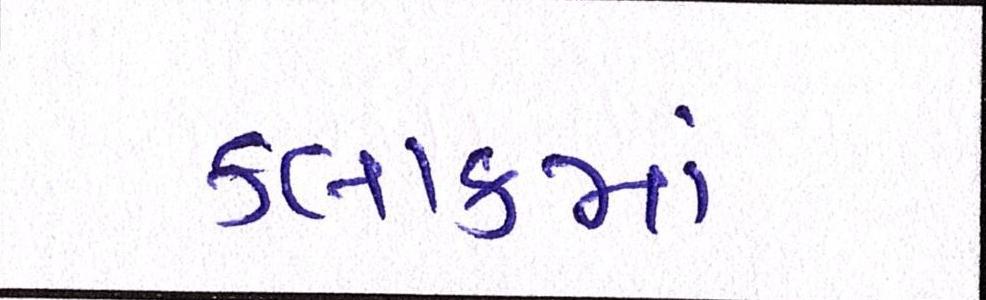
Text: કલાકમાં